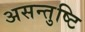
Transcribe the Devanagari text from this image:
असन्तुष्टि